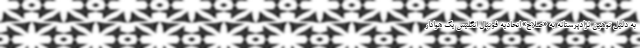
به دلیل توهین نژادپرستانه به «صلاح» اتحادیه فوتبال انگلیس یک هوادار